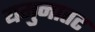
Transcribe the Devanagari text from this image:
यमुनातट